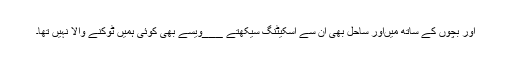
اور بچوں کے ساتھ میںاور ساحل بھی ان سے اسکیٹنگ سیکھتے ___ویسے بھی کوئی ہمیں ٹوکنے والا نہیں تھا۔